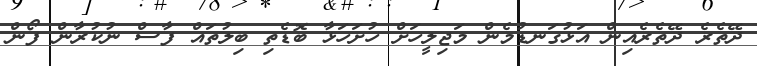
ދޭތެރެ ދޭތެރެއިން އަޅުގަނޑުމެން މަޖިލީހަށް ހުށަހަޅާ ބޮޑެތި ބިލުތައް ފާސް ނުކުރާން ފޯން